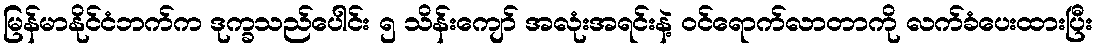
မြန်မာနိုင်ငံဘက်က ဒုက္ခသည်ပေါင်း ၅ သိန်းကျော် အလုံးအရင်းနဲ့ ဝင်ရောက်လာတာကို လက်ခံပေးထားပြီး